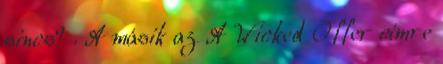
sincs? . A másik az A Wicked Offer címre